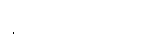
ရှက်သလိုလို